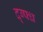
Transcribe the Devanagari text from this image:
द्ग्फ्ध